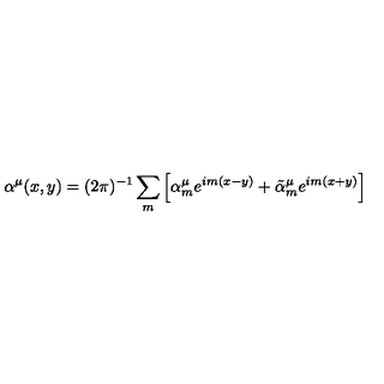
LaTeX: \alpha ^ { \mu } ( x , y ) = ( 2 \pi ) ^ { - 1 } \sum _ { m } \left[ \alpha _ { m } ^ { \mu } e ^ { i m ( x - y ) } + \tilde { \alpha } _ { m } ^ { \mu } e ^ { i m ( x + y ) } \right]